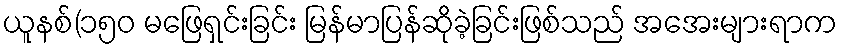
ယူနစ်(၁၅၀ မဖြေရှင်းခြင်း မြန်မာပြန်ဆိုခဲ့ခြင်းဖြစ်သည် အအေးများရာက